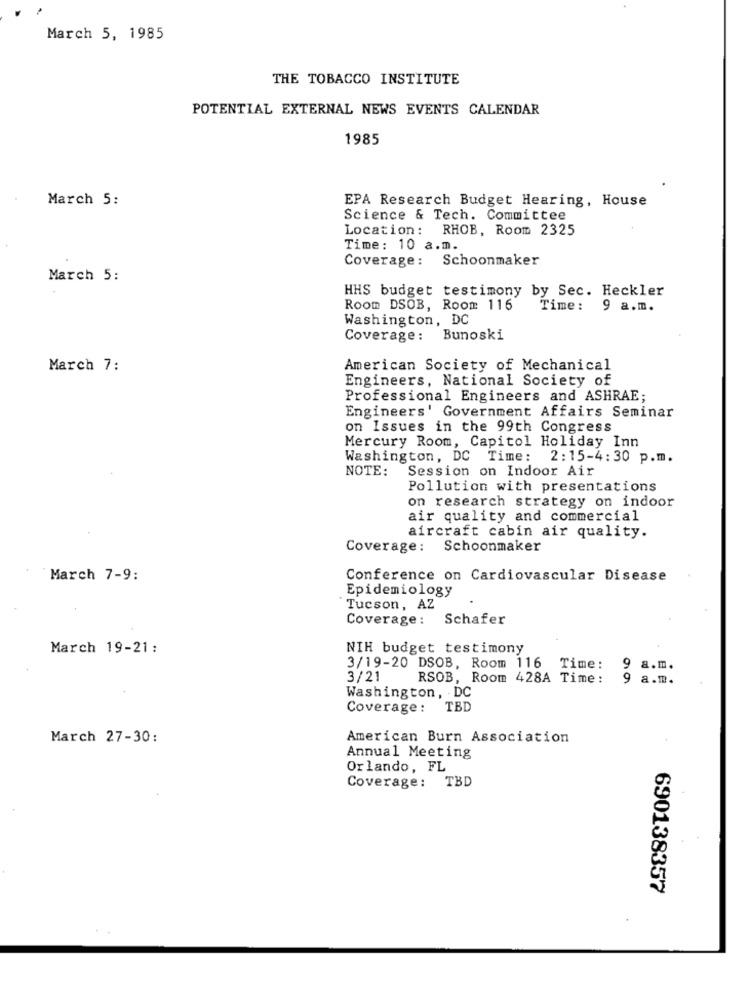
March 5, 1985
THE TOBACCO INSTITUTE
POTENTIAL EXTERNAL NEWS EVENTS CALENDAR
1985
March 5:
EPA Research Budget Hearing, House
Science & Tech. Committee
Location: RHOB, Room 2325
Time: 10 a.m.
Coverage: Schoonmaker
March 5:
HHS budget testimony by Sec. Heckler
Room DSOB, Room 116
Time :
9 a.m.
Washington, DC
Coverage:
Bunoski
March 7:
American Society of Mechanical
Engineers, National Society of
Professional Engineers and ASHRAE;
Engineers' Government Affairs Seminar
on Issues in the 99th Congress
Mercury Room, Capitol Holiday Inn
Washington, DC Time: 2:15-4:30 p.m.
NOTE:
Session on Indoor Air
Pollution with presentations
on research strategy on indoor
air quality and commercial
aircraft cabin air quality.
Coverage :
Schoonmaker
March 7-9:
Conference on Cardiovascular Disease
Epidemiology
Tucson, AZ
Coverage:
Schafer
March 19-21:
NIH budget testimony
3/19-20 DSOB, Room 116 Time:
9
a.m .
3/21
RSOB, Room 428A Time:
9
a.m.
Washington, DC
Coverage: TBD
March 27-30:
American Burn Association
Annual Meeting
Orlando, FL
Coverage: TBD
690138357